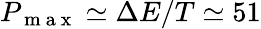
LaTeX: P_{\mathrm{~m~a~x~}}\simeq\Delta E/T\simeq 51